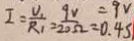
I = \frac { U _ { 1 } } { R _ { 1 } } = \frac { 9 V } { 2 0 \Omega } _ { = 0 . 4 5 } ^ { = 9 v }